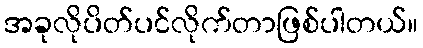
အခုလိုပိတ်ပင်လိုက်တာဖြစ်ပါတယ်။